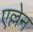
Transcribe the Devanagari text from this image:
एल्लेन